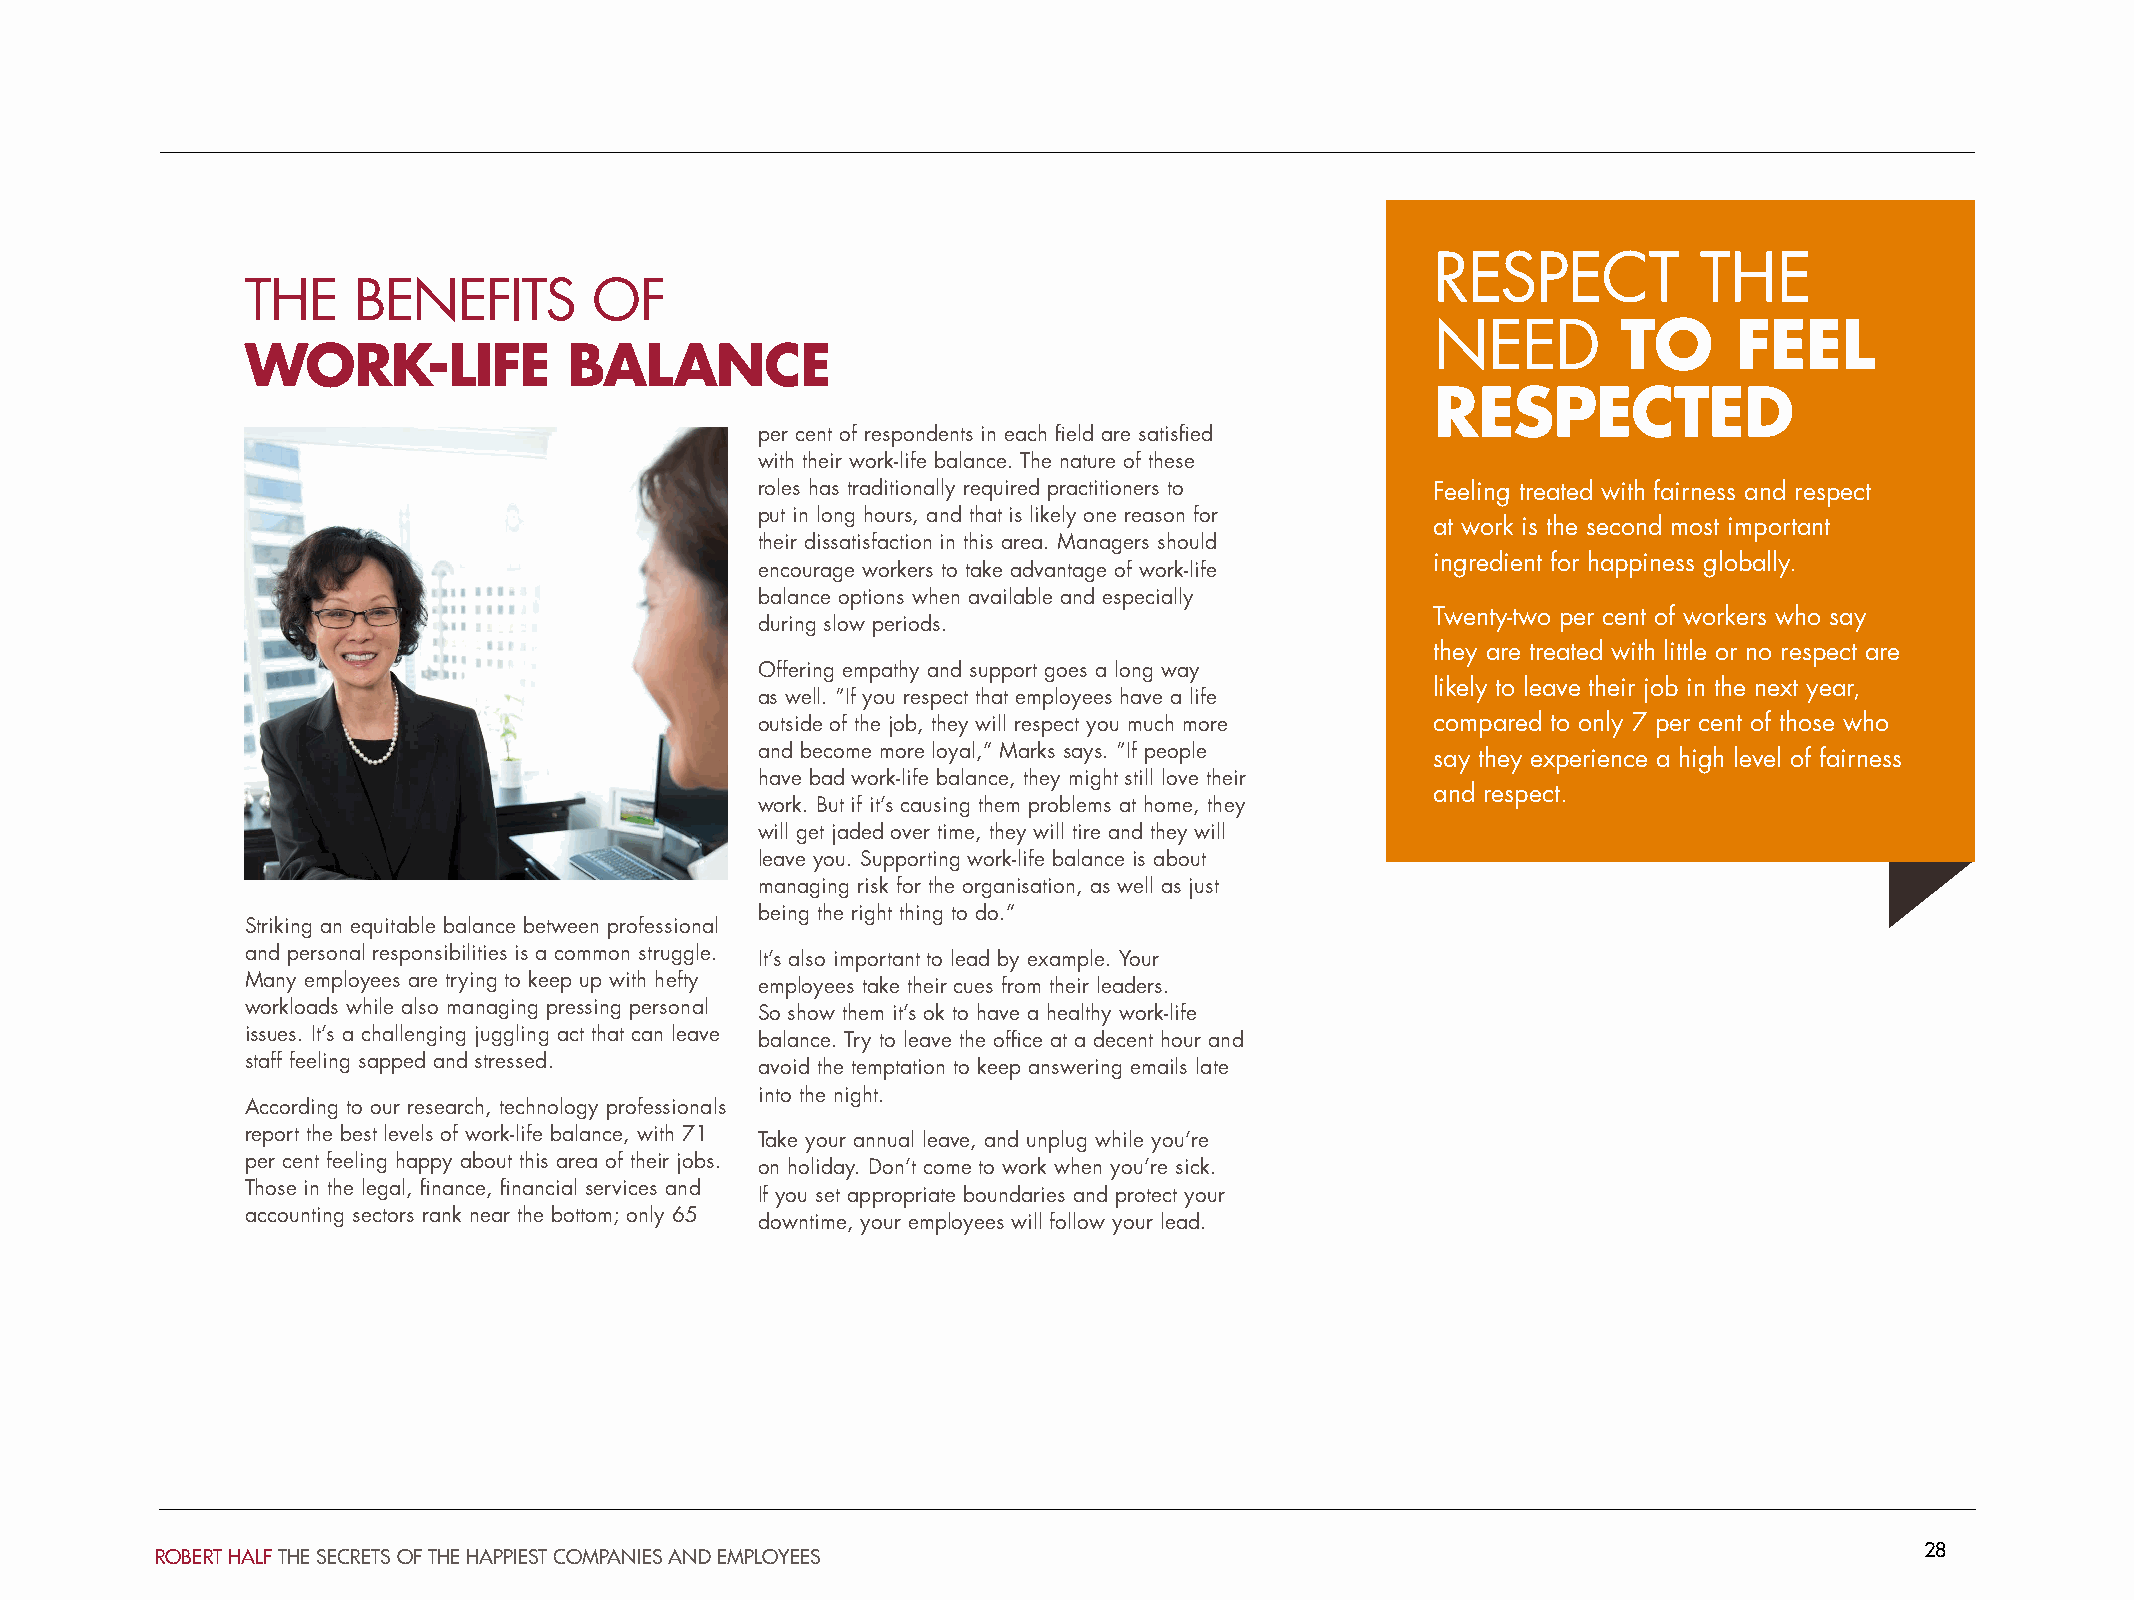
RESPECT           THE
 THE    BENEFITS        OF
 NEED        TO      FEEL
 WORK-LIFE             BALANCE
 RESPECTED
 per cent of respondents in each field are satisfied
 with their work-life balance. The nature of these
 roles has traditionally required practitioners to Feeling treated with fairness and respect
 put in long hours, and that is likely one reason for
 at work is the second most important
 their dissatisfaction in this area. Managers should
 ingredient for happiness globally.
 encourage workers to take advantage of work-life
 balance options when available and especially
 Twenty-two per cent of workers who say
 during slow periods.
 they are treated with little or no respect are
 Offering empathy and support goes a long way
 likely to leave their job in the next year,
 as well. “If you respect that employees have a life
 outside of the job, they will respect you much more compared to only 7 per cent of those who
 and become more loyal,” Marks says. “If people say they experience a high level of fairness
 have bad work-life balance, they might still love their
 and respect.
 work. But if it’s causing them problems at home, they
 will get jaded over time, they will tire and they will
 leave you. Supporting work-life balance is about
 managing risk for the organisation, as well as just
 being the right thing to do.”
 Striking an equitable balance between professional
 and personal responsibilities is a common struggle. It’s also important to lead by example. Your
 Many employees are trying to keep up with hefty employees take their cues from their leaders.
 workloads while also managing pressing personal So show them it’s ok to have a healthy work-life
 issues. It’s a challenging juggling act that can leave balance. Try to leave the office at a decent hour and
 staff feeling sapped and stressed. avoid the temptation to keep answering emails late
 into the night.
 According to our research, technology professionals
 report the best levels of work-life balance, with 71 Take your annual leave, and unplug while you’re
 per cent feeling happy about this area of their jobs. on holiday. Don’t come to work when you’re sick.
 Those in the legal, finance, financial services and If you set appropriate boundaries and protect your
 accounting sectors rank near the bottom; only 65 downtime, your employees will follow your lead.
 28
 ROBERT HALF THE SECRETS OF THE HAPPIEST COMPANIES AND EMPLOYEES